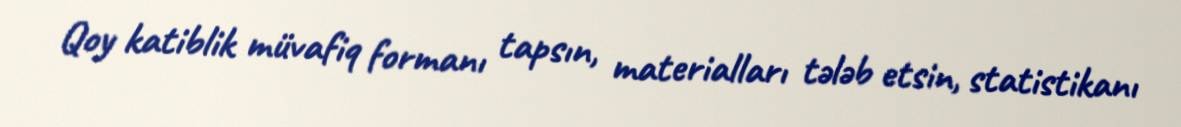
Qoy katiblik müvafiq formanı tapsın, materialları tələb etsin, statistikanı